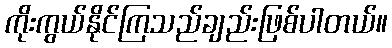
ကိုးကွယ်နိုင်ကြသည်ချည်းဖြစ်ပါတယ်။